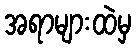
အရာများထဲမှ